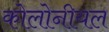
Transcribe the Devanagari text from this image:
कोलोनीयल